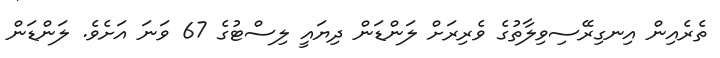
ތެރެއިން އިނގިރޭސިވިލާތުގެ ވެރިރަށް ލަންޑަން ދިޔައީ ލިސްޓުގެ 67 ވަނަ އަށެވެ. ލަންޑަން